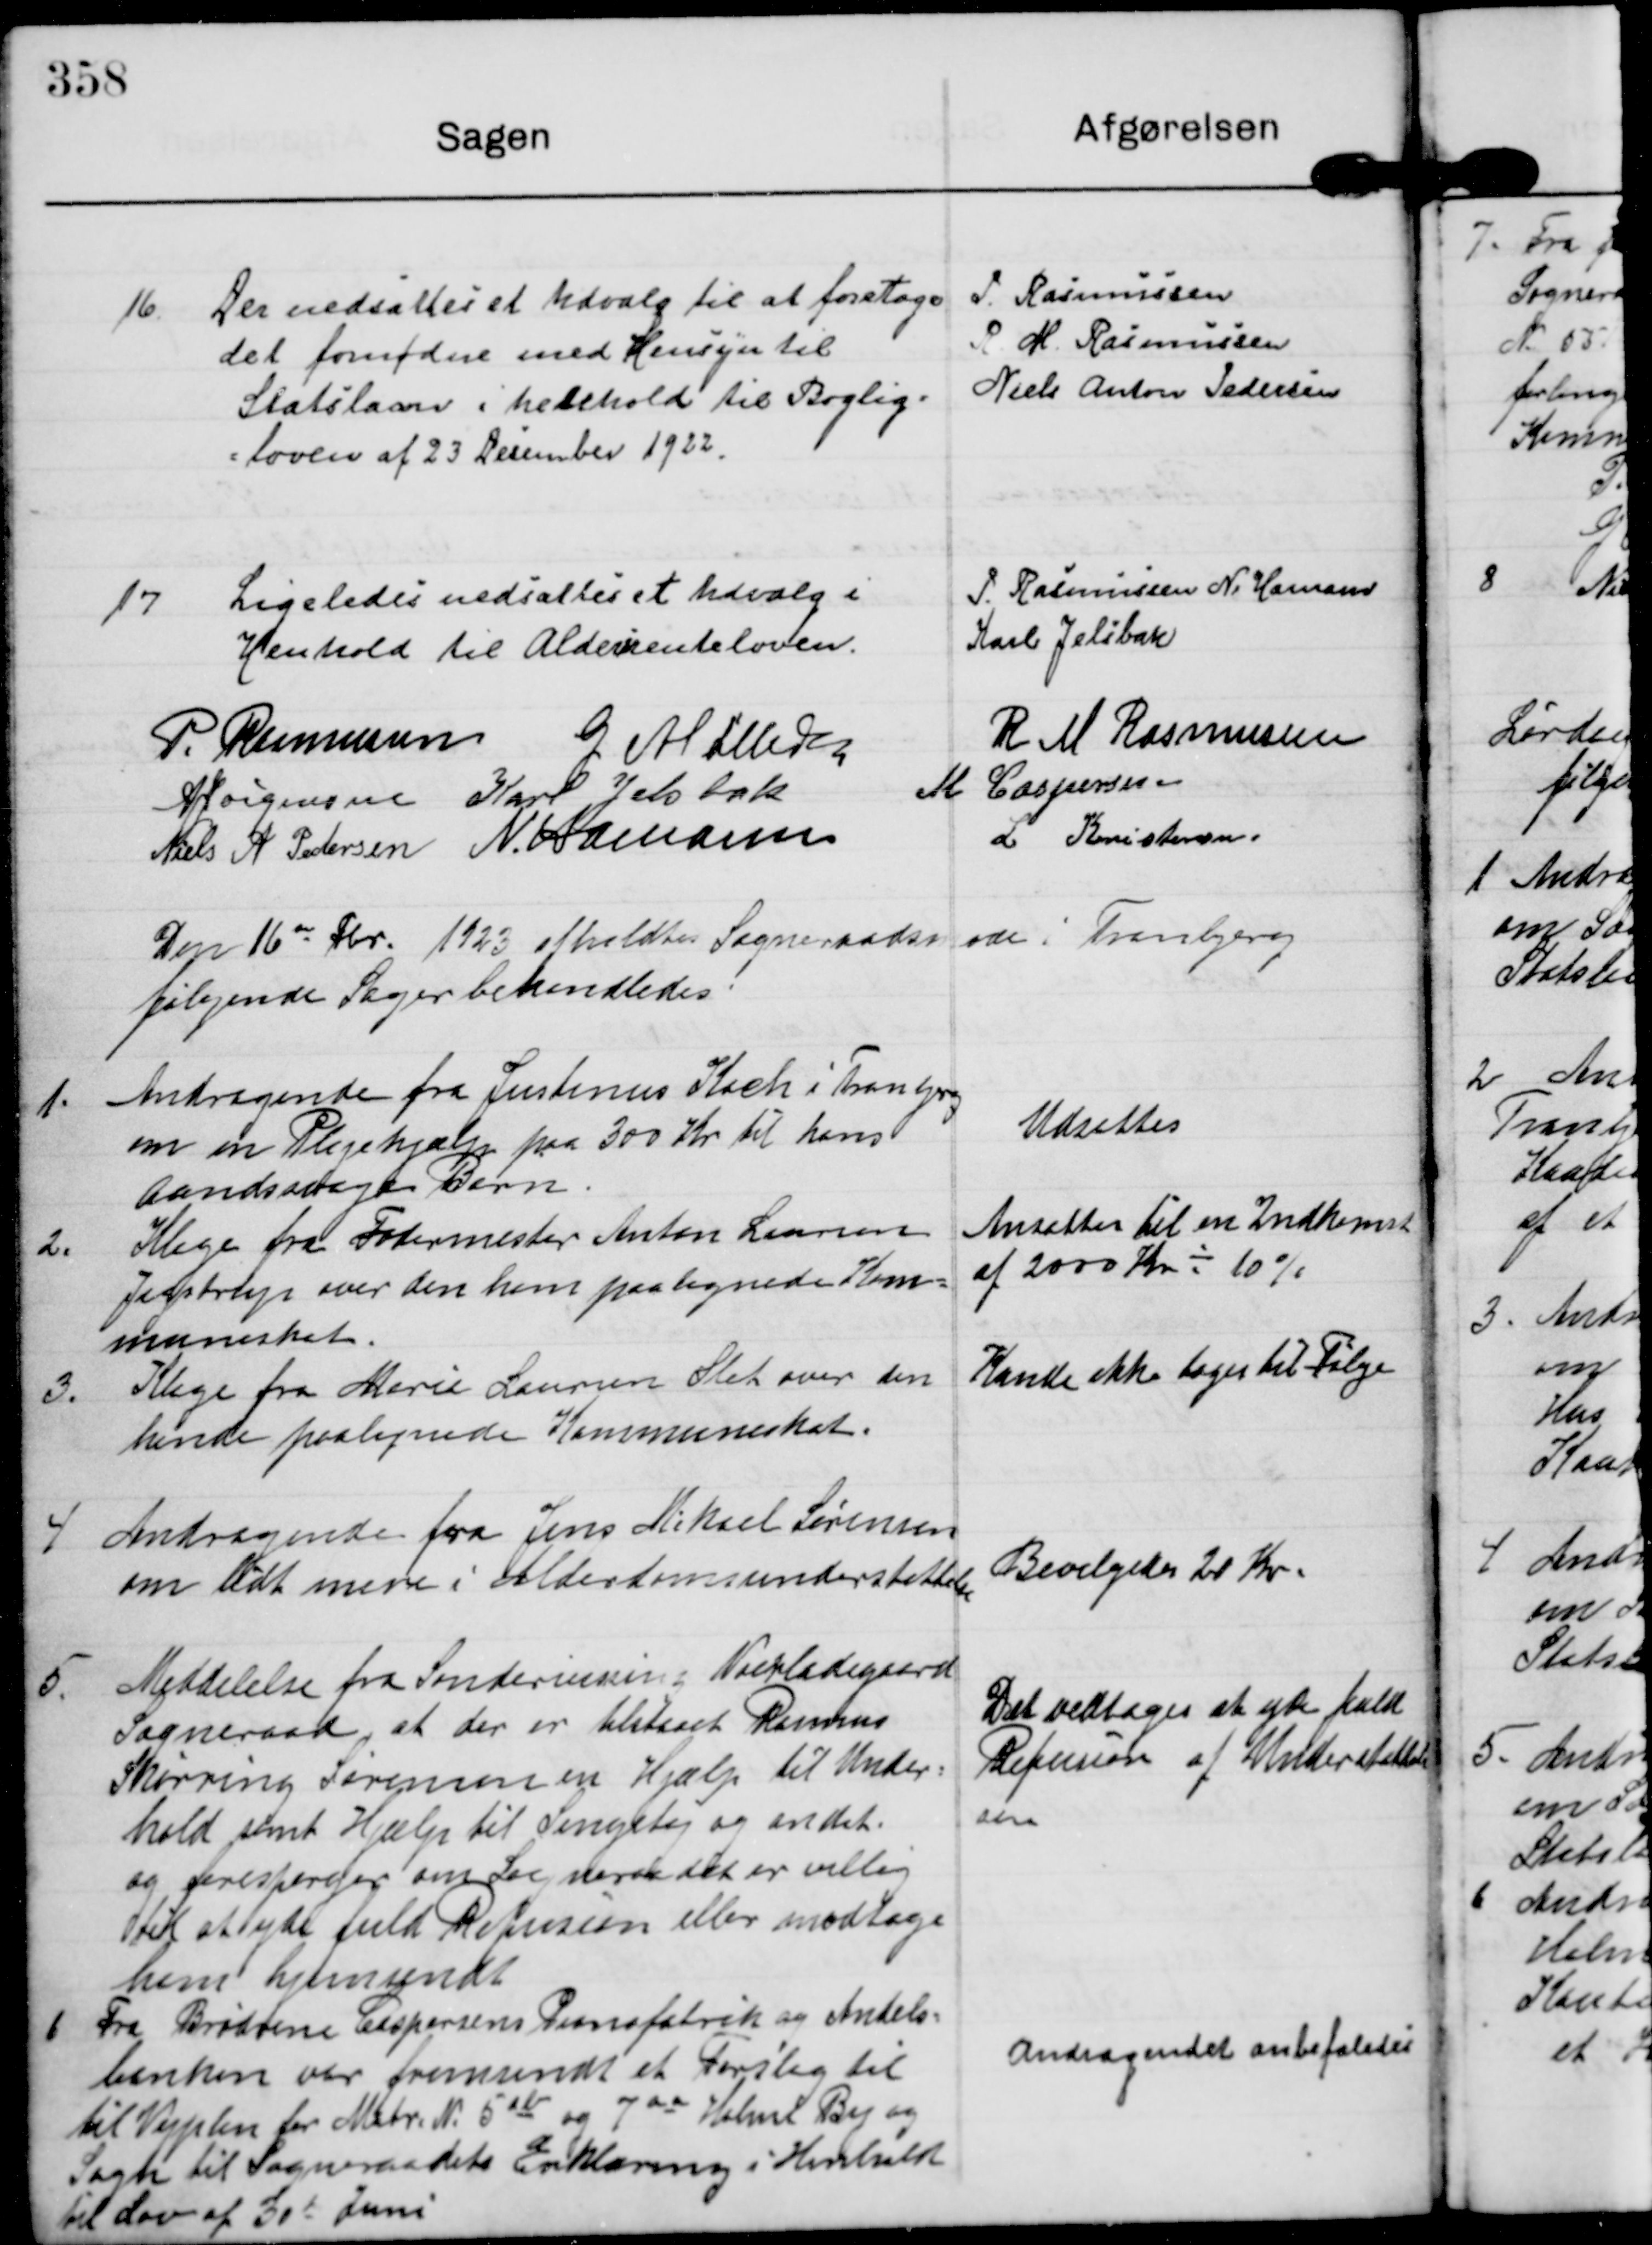
Transskription:
16.

Der nedsattes et Udvalg til at foretage
det fornødne med Hensyn til
Statslaan i henhold til Boglig-
loven af 23 Desember 1922.

P. Rasmussen
R. M. Rasmussen
Niels Anton Pedersen

17

Ligeledes nedsattes et Udvalg i
Henhold til Aldersrenteloven.

P. Rasmussen N. Hamann
Karl Jelsbak

P. Rasmussen

G Møller

R M Rasmussen

A Jørgensen

Karl Jelsbak

M Caspersen

Niels A Pedersen

N. Hamann

L Kristensen.

Den 16de Fbr. 1923 afholdtes Sogneraadsmøde i Tranbjerg
følgende Sager behandledes:

1.

Andragende fra Justinus Koch i Tranbjerg
om en Plejehjælp paa 300 Kr til hans
Aandssvage Barn.

Udsattes

2.

Klage fra Fodermester Anton Laursen
Jegstrup over den ham paalignede Kom-
muneskat.

Ansattes til en Indkomst
af 2000 Kr - 10%

3.

Klage fra Marie Laursen Slet over den
hende paalignede Kommuneskat.

Kunde ikke tages til Følge

4

Andragende fra Jens Mikael Sørensen
om lidt mere i Alderdomsunderstøttelse

Bevilgedes 20 Kr.

5.

Meddelelse fra Søndervissing-Voerladegaard
Sogneraad, at der er tilstaaet Rasmus
Skørring Sørensen en Hjælp til Under-
hold samt Hjælp til Sengetøj og andet.
og forespørger om Sogneraadet er villig
til at yde fuld Refusion eller modtage
ham hjemsendt

Det vedtoges at yde fuld
Refusion af Understøttel-
sen

6 Fra Brødrene Caspersens Pianofabrik og Andels-
banken var fremsendt et Forslag til
til Vejplan for Matr. N. 5ab og 7ad Holme By og
Sogn til Sogneraadets Erklæring i Henhold
til Lov af 30de Juni

Andragendet anbefaledes